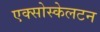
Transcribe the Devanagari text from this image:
एक्सोस्केलटन